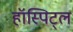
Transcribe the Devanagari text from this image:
हॉस्पिट्ल